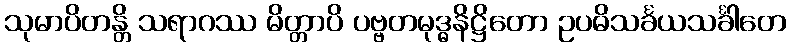
သုမာပိတန္တိ သရာဂဿ မိတ္တာပိ ပဗ္ဗတမုဒ္ဓနိဋ္ဌိတော ဥပဓိသင်္ခယသင်္ခါတေ